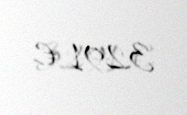
3291 €